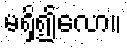
မရှိ၍လော။